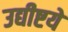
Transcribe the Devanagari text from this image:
उद्यीष्टये